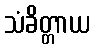
သံခိတ္တာယ